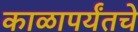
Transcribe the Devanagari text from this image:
काळापर्यंतचे